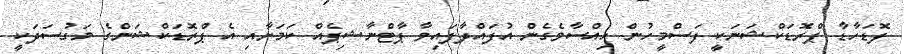
ފޮޑަހާޑާ ޕްރޮޑަކްޝަނަކީ ފަސްމީހުން ހިއްސާވެގެން އުފައްދާފައިވާ ޕާޓްނާޝިޕެއް ކަމަށާއި އެ ޕްރޮޑަކްޝަންގެ މަގުސަދަކީ